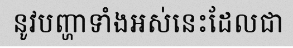
នូវបញ្ហាទាំងអស់នេះដែលជា